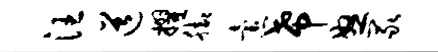
汪道擢脚怠希怒冢